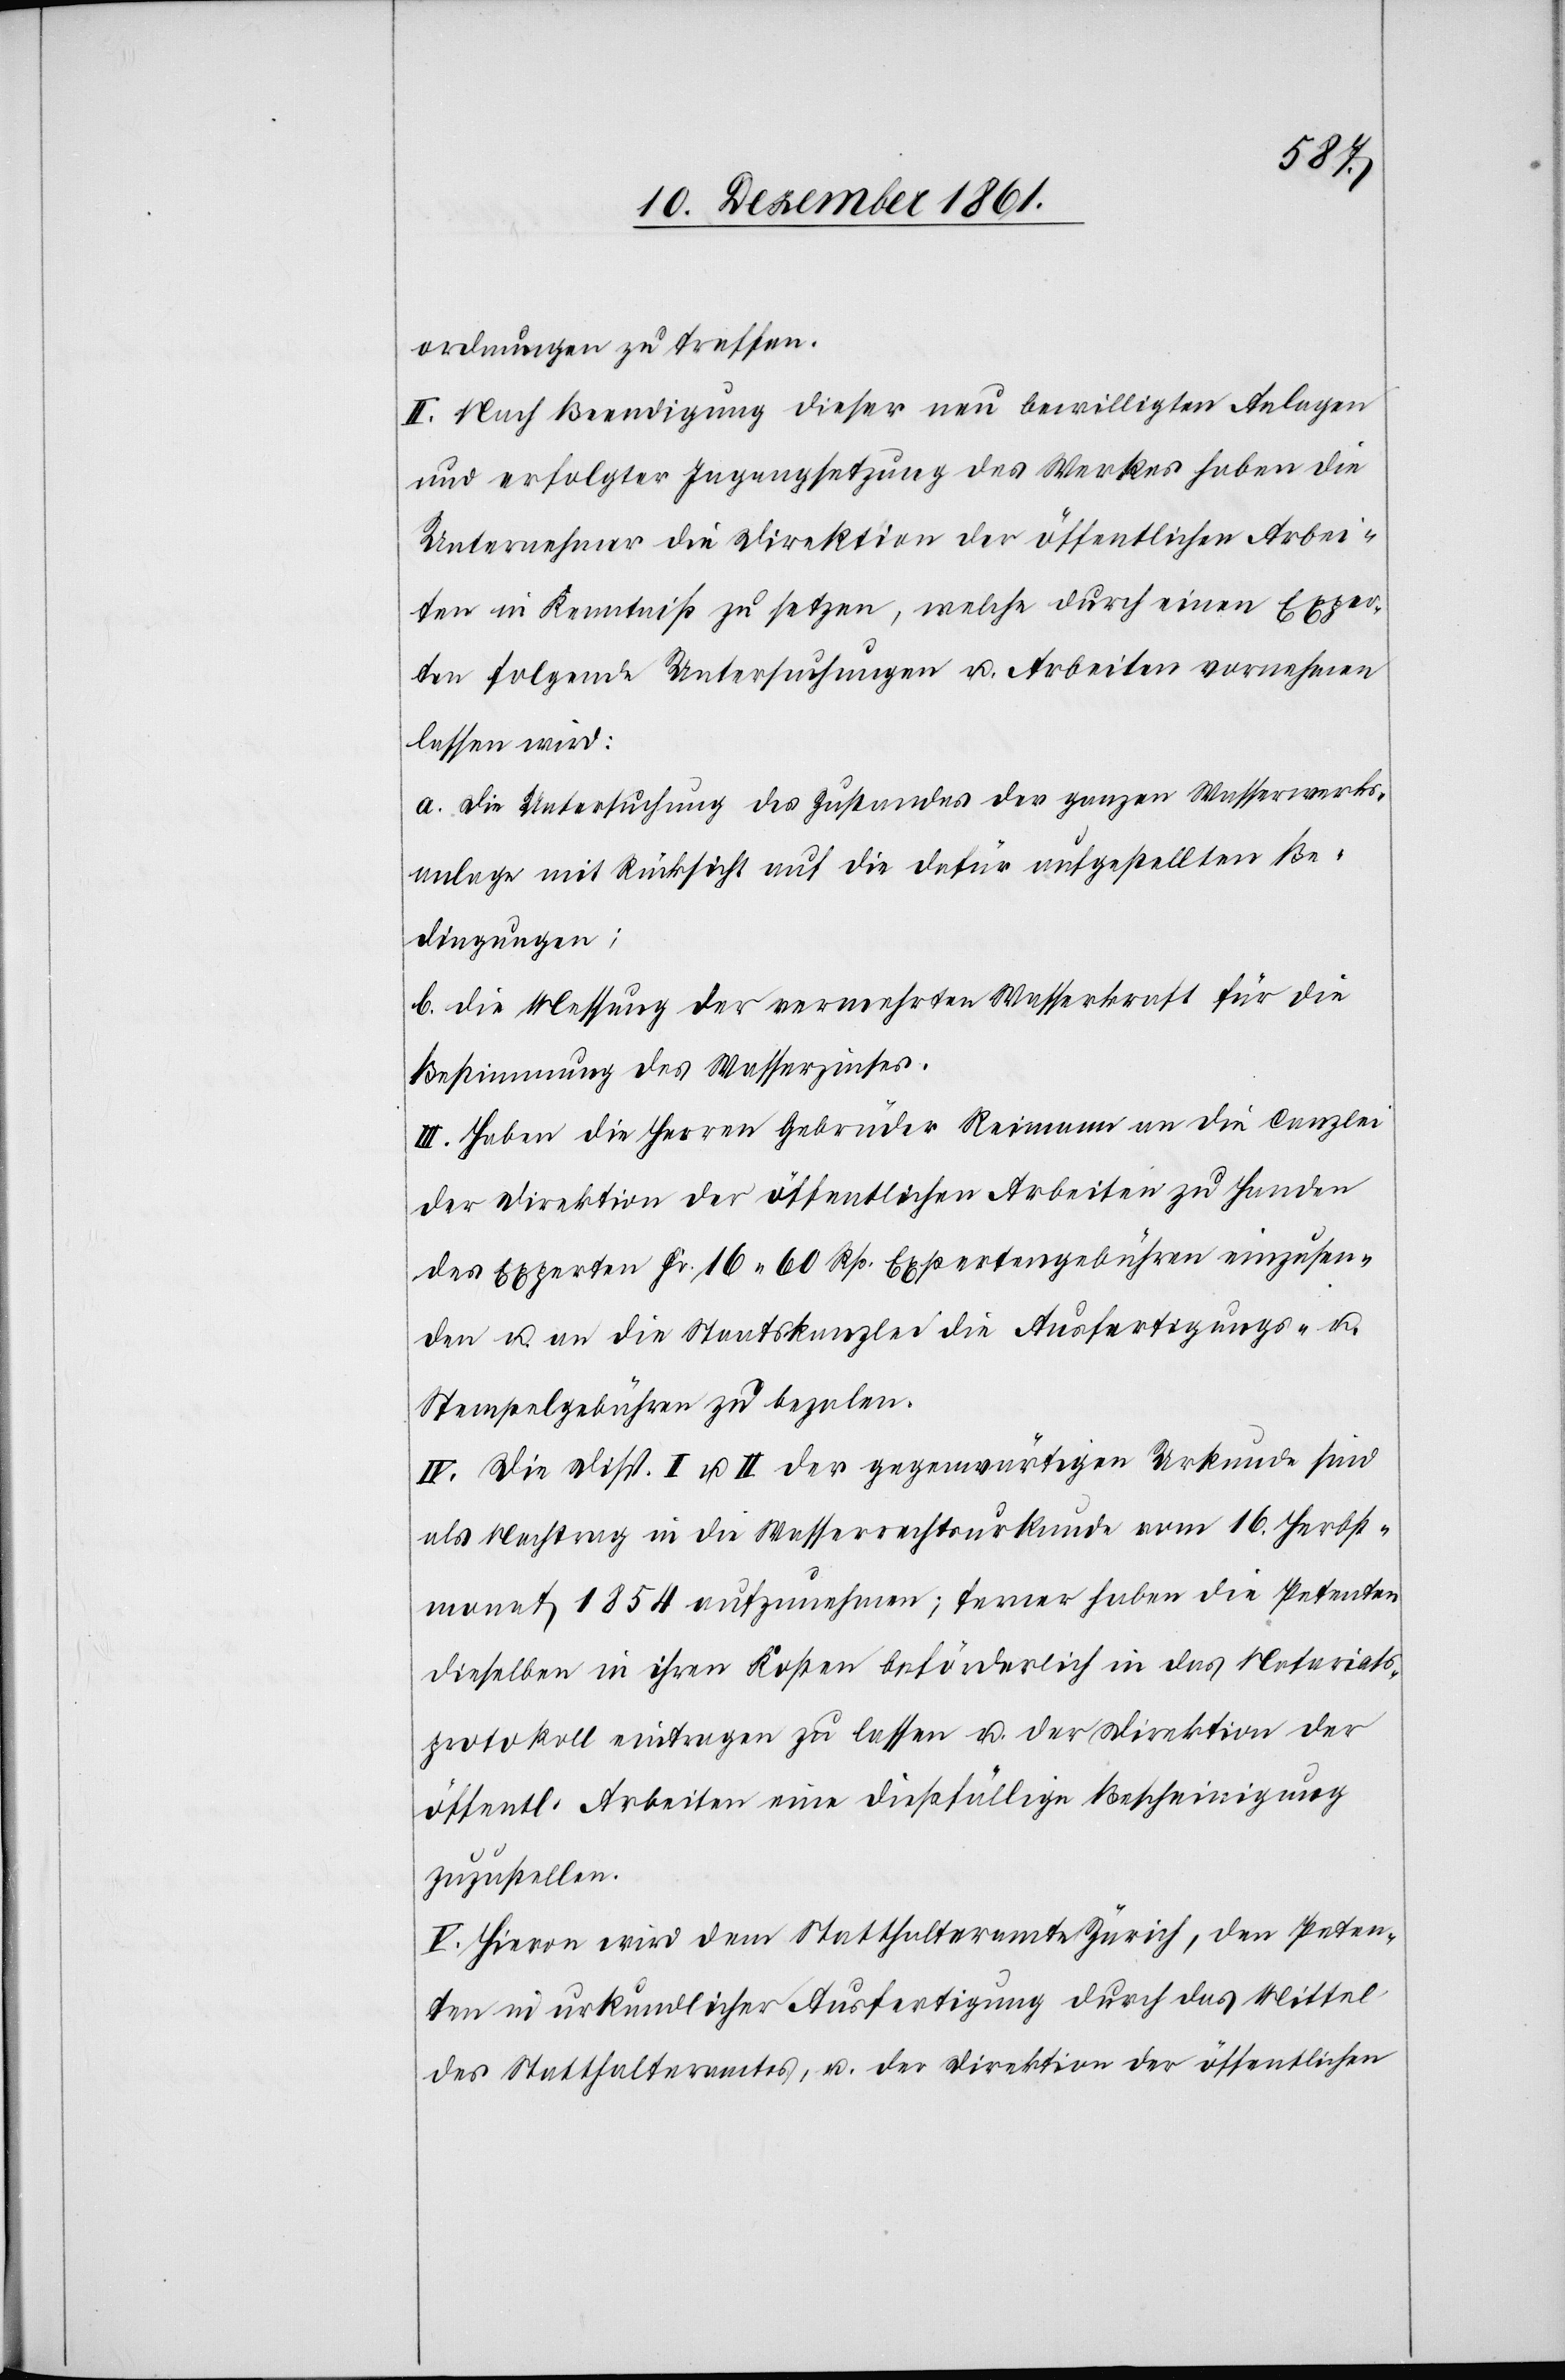
ordnungen zu treffen.
II. Nach Beendigung dieser neu bewilligten Anlagen
und erfolgter Ingangsetzung des Werkes haben die
Unternehmer die Direktion der öffentlichen Arbei¬
ten in Kenntniß zu setzen, welche durch einen Exper¬
ten folgende Untersuchungen u. Arbeiten vornehmen
lassen wird:
a. die Untersuchung des Zustandes der ganzen Wasserwerks¬
anlage mit Rücksicht auf die dafür aufgestellten Be¬
dingungen;
b. die Messung der vermehrten Wasserkraft für die
Bestimmung des Wasserzinses.
III. Haben die Herren Gebrüder Reimann an die Canzlei
der Direktion der öffentlichen Arbeiten zu Handen
des Experten Fr. 16. 60 Rp. Expertengebühren einzusen¬
den u. an die Staatskanzlei die Ausfertigungs- u.
Stempelgebühren zu bezalen.
IV. Die Disp. I u. II der gegenwärtigen Urkunde sind
als Nachtrag in die Wasserrechtsurkunde vom 16 Herbst¬
monat 1854 aufzunehmen; ferner haben die Petenten
dieselben in ihren Kosten beförderlich in das Notariats¬
protokoll eintragen zu lassen u. der Direktion der
öffentl. Arbeiten eine dießfällige Bescheinigung
zuzustellen.
V. Hievon wird dem Statthalteramte Zürich, den Peten¬
ten in urkundlicher Ausfertigung durch das Mittel
des Statthalteramtes, u. der Direktion der öffentlichen